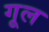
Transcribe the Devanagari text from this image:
गूल